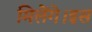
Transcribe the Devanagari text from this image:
मिलेंगे।इस